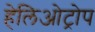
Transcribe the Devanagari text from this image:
हेलिओट्रोप